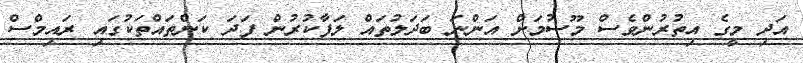
އަދި މީގެ އިތުރުންވެސް މޫސުމަށް އަންނަ ބަދަލުތައް ލަފާކުރުން ފަދަ ކަންތައްތަކުގައި ރައިމްސް